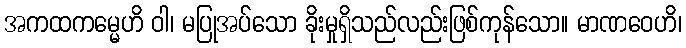
အကထကမ္မေဟိ ဝါ၊ မပြုအပ်သော ခိုးမှုရှိသည်လည်းဖြစ်ကုန်သော။ မာဏဝေဟိ၊